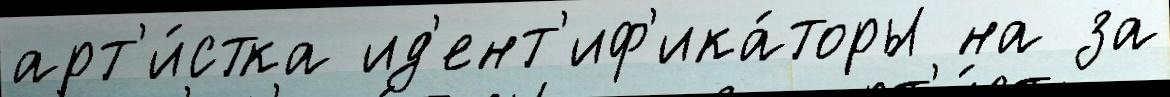
арт'и́стка ид'ент'иф'ика́торы на за